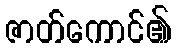
ဇာတ်ကောင်၏